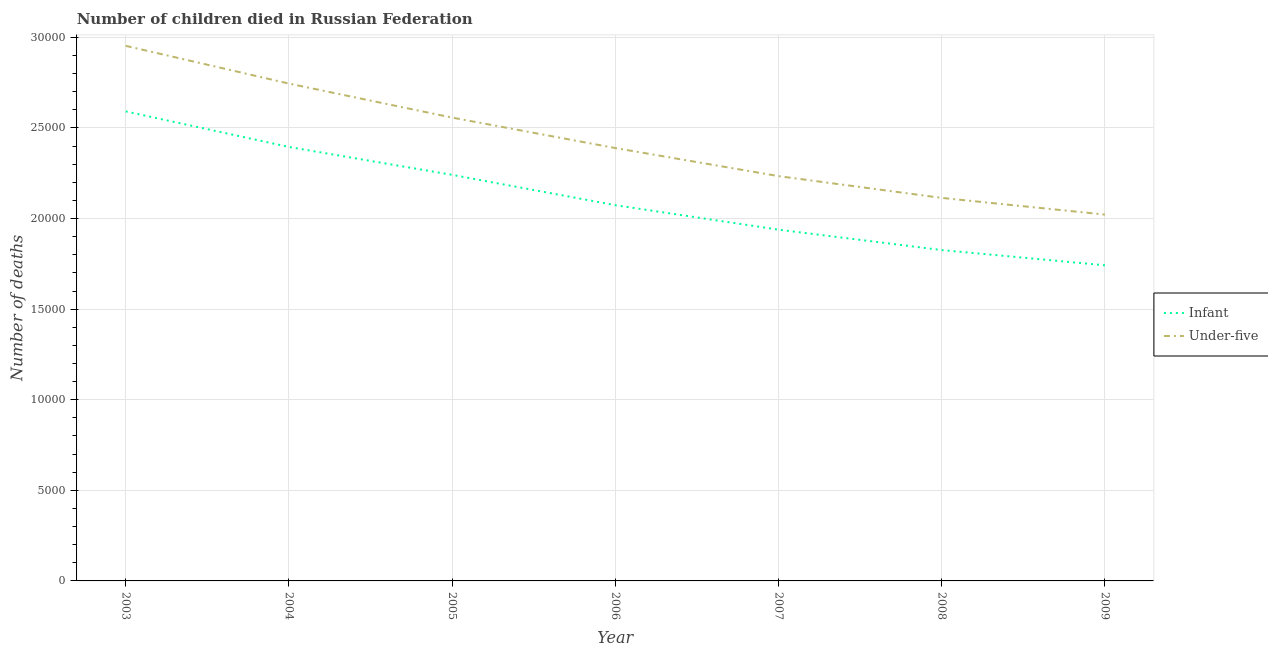
| Year | Infant | Under-five |
 | --- | --- | --- |
 | 2003 | 2.59e+04 | 2.95e+04 |
 | 2004 | 2.4e+04 | 2.75e+04 |
 | 2005 | 2.24e+04 | 2.56e+04 |
 | 2006 | 2.07e+04 | 2.39e+04 |
 | 2007 | 1.94e+04 | 2.23e+04 |
 | 2008 | 1.83e+04 | 2.11e+04 |
 | 2009 | 1.74e+04 | 2.02e+04 |